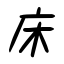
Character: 床